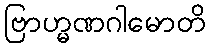
ဗြာဟ္မဏဂါမောတိ